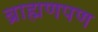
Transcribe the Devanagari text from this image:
ब्राह्मणपण